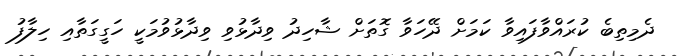
ދެމިތިބެ ކުރައްވާފައިވާ ކަމަށް ދޭހަވާ ގޮތަށް ޝާހިދު ވިދާޅުވި ވިދާޅުވުމަކީ ހަގީގަތާއި ހިލާފު